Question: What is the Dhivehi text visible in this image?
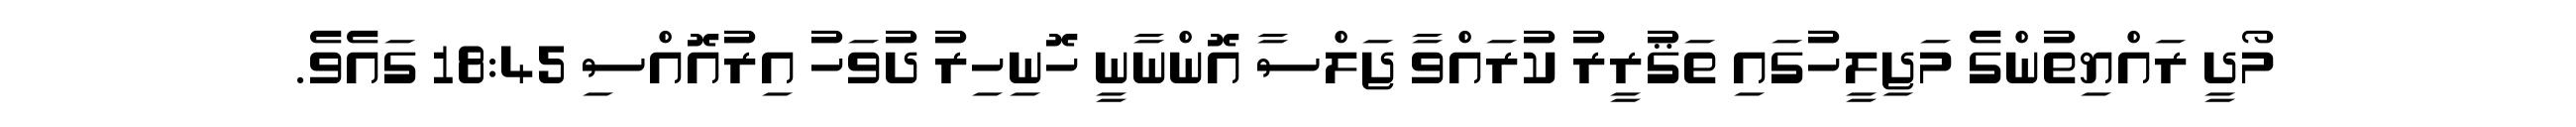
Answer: މޯދީ ރައްޔިތުންގެ މަޖިލީހުގައި ތަޤުރީރު ކުރައްވާ ޖަލްސާ އޮންނާނީ ހޮނިހިރު ދުވަހު އިރުއޮއްސި 18:45 ގައެވެ.